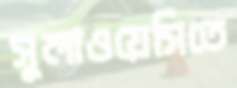
সুলাওয়েসিতে